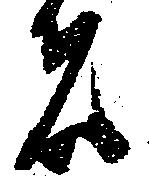
者